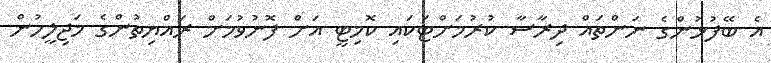
އެ ބޭފުޅުންގެ ނަންތައް ދިރާސާ ކުރުމަށްޓަކައި ކޮމިޓީ އަށް ފޮނުވުމަށް ރައްޔިތުންގެ މަޖިލީހުން